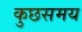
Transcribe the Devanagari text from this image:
कुछसमय